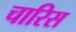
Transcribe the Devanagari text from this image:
चारिस